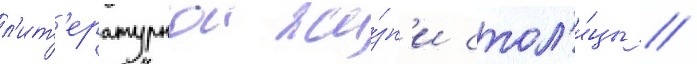
л'ит'ературнои жи́зн'и стол'и́цы //